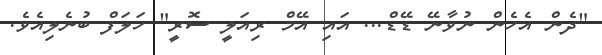
"ދެން އެހެން ނުވާނޭ ޑޭޑް... އައި އޭމް ރިއަލީ ސޮރީ" ހަލަފް ބުނެލިއެވެ.